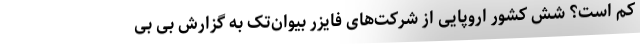
کم است؟ شش کشور اروپایی از شرکت‌های فایزر بیوان‌تک به گزارش بی بی